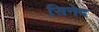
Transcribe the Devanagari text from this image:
सिनेद